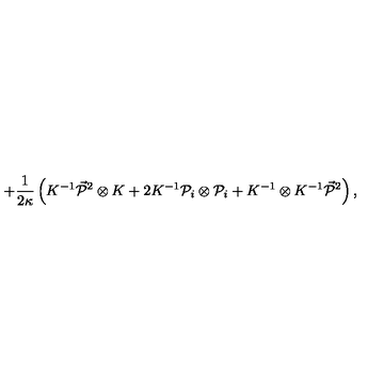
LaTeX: + \frac 1 { 2 \kappa } \left( K ^ { - 1 } \vec { { \cal P } } { } ^ { 2 } \otimes K + 2 K ^ { - 1 } { \cal P } _ { i } \otimes { \cal P } _ { i } + K ^ { - 1 } \otimes K ^ { - 1 } \vec { { \cal P } } { } ^ { 2 } \right) ,